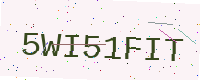
Text: 5WI51FIT